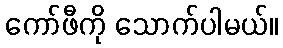
ကော်ဖီကို သောက်ပါမယ်။